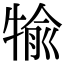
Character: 𤚎